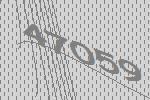
47059